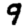
Digit: 9